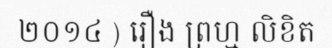
២០១៤ ) រឿង ព្រហ្ម លិខិត